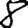
Digit: 8